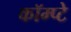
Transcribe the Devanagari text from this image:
कॉम्प्टे